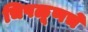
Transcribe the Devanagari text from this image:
चिपळूणचे